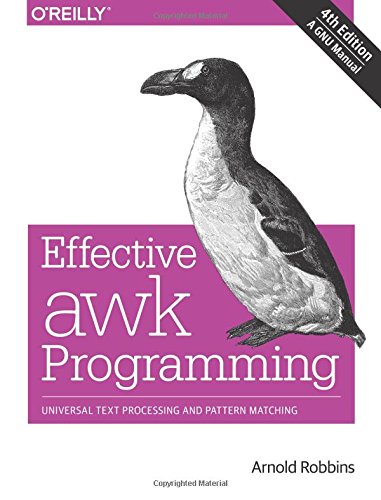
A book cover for Effective awk Programming: Universal Text Processing and Pattern Matching; Arnold Robbins; Computers & Technology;